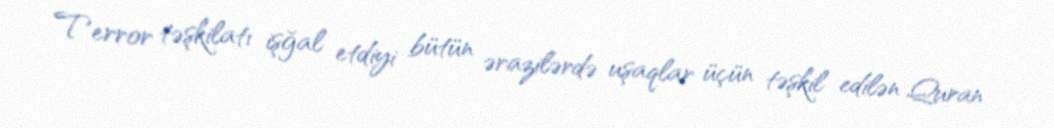
Terror təşkilatı işğal etdiyi bütün ərazilərdə uşaqlar üçün təşkil edilən Quran